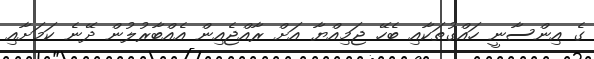
ގެ އިންސާނީ ހައްގުތަކާއި ބެހޭ ޖަމިއްޔާ އަށް ރާއްޖެއިން އެއްބާރުލުން ދޭނެ ކަމަށާއި